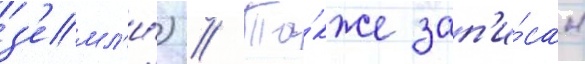
з'емл'и́) // Та́кже зап'и́сан